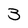
Character: 3